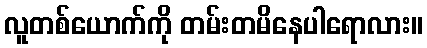
လူတစ်ယောက်ကို တမ်းတမိနေပါရောလား။